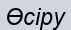
Өсіру